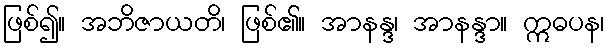
ဖြစ်၍။ အဘိဇာယတိ၊ ဖြစ်၏။ အာနန္ဒ၊ အာနန္ဒာ။ ဣဓပန၊